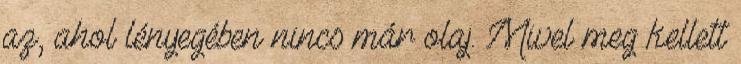
az, ahol lényegében nincs már olaj. Mivel meg kellett